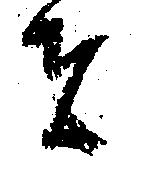
者